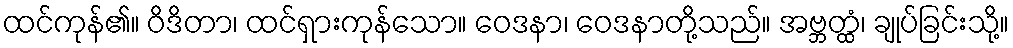
ထင်ကုန်၏။ ဝိဒိတာ၊ ထင်ရှားကုန်သော။ ဝေဒနာ၊ ဝေဒနာတို့သည်။ အဗ္ဘတ္ထံ၊ ချုပ်ခြင်းသို့။